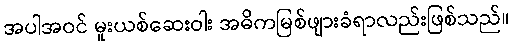
အပါအဝင် မူးယစ်ဆေးဝါး အဓိကမြစ်ဖျားခံရာလည်းဖြစ်သည်။